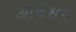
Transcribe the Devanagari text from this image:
आचेसन